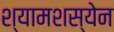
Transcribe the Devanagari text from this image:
श्यामशस्येन